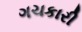
ગચકારી